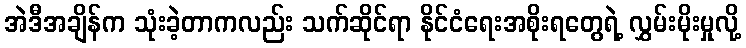
အဲဒီအချိန်က သုံးခဲ့တာကလည်း သက်ဆိုင်ရာ နိုင်ငံရေးအစိုးရတွေရဲ့ လွှမ်းမိုးမှုလို့